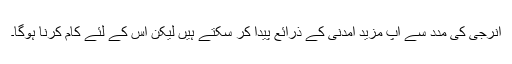
انرجی کی مدد سے آپ مزید آمدنی کے ذرائع پیدا کر سکتے ہیں لیکن اس کے لئے کام کرنا ہوگا۔